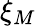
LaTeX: \xi_{M}